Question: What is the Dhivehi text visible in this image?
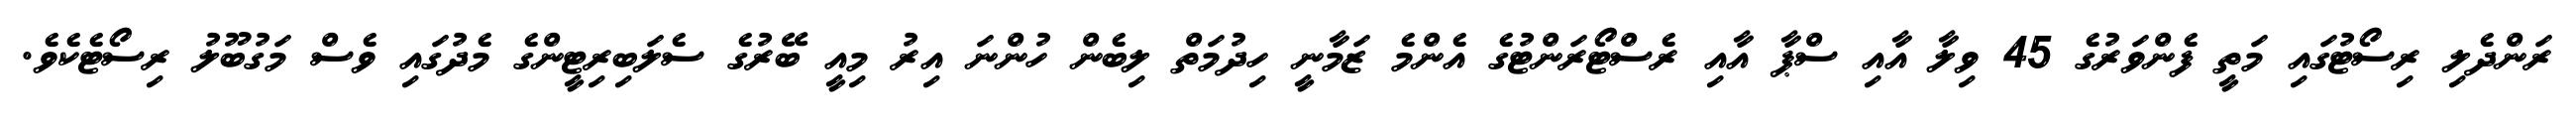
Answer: ރަންދެލި ރިސޯޓުގައި މަތީ ފެންވަރުގެ 45 ވިލާ އާއި ސްޕާ އާއި ރެސްޓޯރަންޓުގެ އެންމެ ޒަމާނީ ހިދުމަތް ލިބެން ހުންނަ އިރު މިއީ ބޭރުގެ ސެލަބިރިޓީންގެ މެދުގައި ވެސް މަގުބޫލު ރިސޯޓެކެވެ.